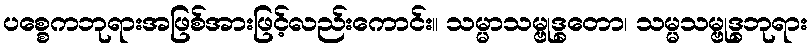
ပစ္စေကဘုရားအဖြစ်အားဖြင့်လည်းကောင်း။ သမ္မာသမ္ဗုဒ္ဓတော၊ သမ္မသမ္ဗုဒ္ဓဘုရား